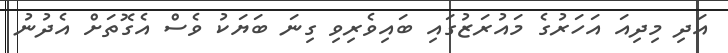
އަދި މިދިއަ އަހަރުގެ މައުރަޒުގައި ބައިވެރިވި ގިނަ ބަޔަކު ވެސް އެގޮތަށް އެދުނު